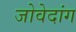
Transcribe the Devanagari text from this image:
जोवेदांग